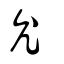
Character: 允